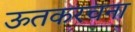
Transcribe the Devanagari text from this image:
ऊतकरचना